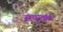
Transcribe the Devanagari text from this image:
सयुन्क्त